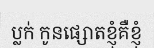
ប្លក់ កូនផ្សោតខ្ញុំគឺខ្ញុំ